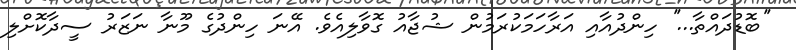
''ބޮޑުދައްތާ...'' ހިންދުއާއި އަރާހަމަކުރަމުން ޝުޖާއު ގޮވާލިއެވެ. އޭނަ ހިންދުގެ މޫނާ ނަޒަރު ސީދާކޮށްލި